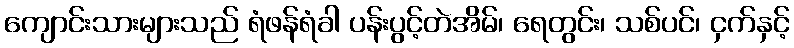
ကျောင်းသားများသည် ရံဖန်ရံခါ ပန်းပွင့်တဲအိမ်၊ ရေတွင်း၊ သစ်ပင်၊ ငှက်နှင့်